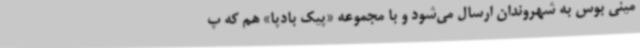
مینی بوس به شهروندان ارسال می‌شود و با مجموعه «پیک بادپا» هم که پ